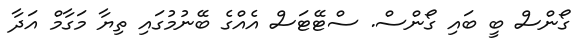
ގޯންސް ބީ ބައި ގޯންސް. ސްޓޭޓަސް އެއްގެ ބޭނުމުގައި ތިޔާ މަގާމް އަދާ